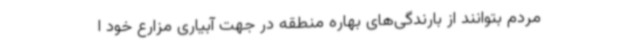
مردم بتوانند از بارندگی‌های بهاره منطقه در جهت آبیاری مزارع خود ا